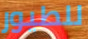
للطيور